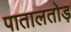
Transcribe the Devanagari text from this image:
पातालतोड़